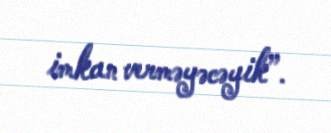
imkan verməyəcəyik”.